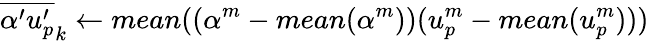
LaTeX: {\overline{{{\alpha^{\prime}}{u_{p}^{\prime}}}}}_{k}\gets mean((\alpha^{m}-mean(\alpha^{m}))(u_{p}^{m}-mean(u_{p}^{m})))